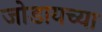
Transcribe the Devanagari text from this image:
जोडायच्या